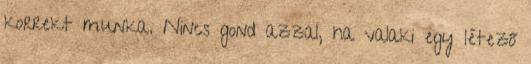
korrekt munka. Nincs gond azzal, ha valaki egy létező